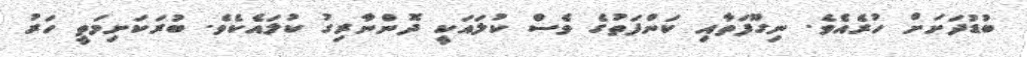
ބުޑުދަށަށް ހުރެއެވެ. ނިގޫފަތާއި ކަންފަތުގެ ވެސް ކުލައަކީ ދޮންނާރިގު ކުލައެކެވެ. ބުރަކަށިމަތީ ހަރު